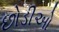
છોડીઓ